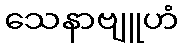
သေနာဗျူဟံ